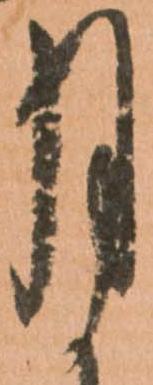
月